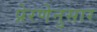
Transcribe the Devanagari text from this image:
प्रेरणेनुसार